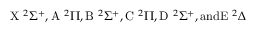
\mathrm { X } ~ ^ { 2 } \Sigma ^ { + } , \mathrm { A } ~ ^ { 2 } \Pi , \mathrm { B } ~ ^ { 2 } \Sigma ^ { + } , \mathrm { C } ~ ^ { 2 } \Pi , \mathrm { D } ~ ^ { 2 } \Sigma ^ { + } , \mathrm { a n d } \mathrm { E } ~ ^ { 2 } \Delta